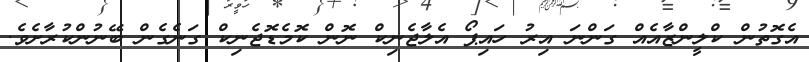
އެގޮތުން ކްލީންޒާއެއް ގަންނަ އިރު ހައިޕޯ އެލާޖެނިކް ނޮން ކޮމެޑޮޖެނިކް ގަނެގެން ބޭނުންކުރާށެވެ.